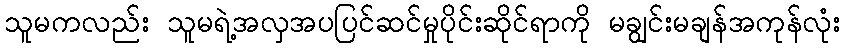
သူမကလည်း သူမရဲ့အလှအပပြင်ဆင်မှုပိုင်းဆိုင်ရာကို မချွင်းမချန်အကုန်လုံး